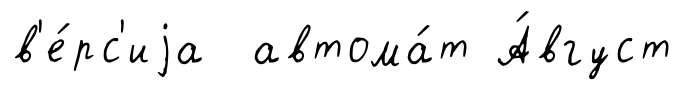
в'е́рс'иjа автома́т А́вгуст